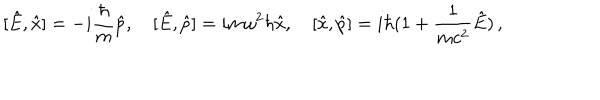
[ \hat { E } , \hat { x } ] = - i \frac { \hbar } { m } \hat { p } , \, \, \, \, \, \, [ \hat { E } , \hat { p } ] = i m \omega ^ { 2 } \hbar \hat { x } , \, \, \, \, \, \, [ \hat { x } , \hat { p } ] = i \hbar ( 1 + \frac { 1 } { m c ^ { 2 } } \hat { E } ) \, ,